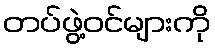
တပ်ဖွဲ့ဝင်များကို